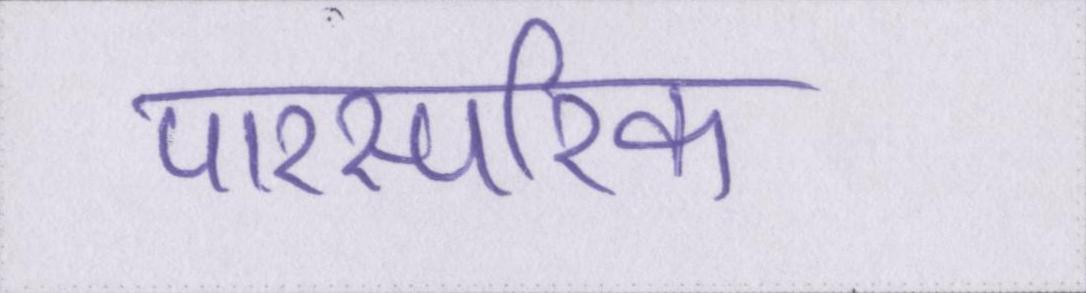
पारस्परिक